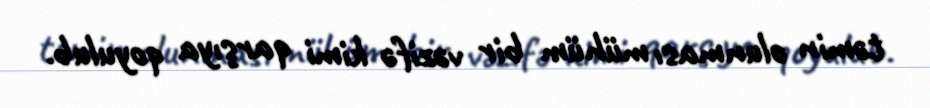
təmin olunması mühüm bir vəzifə kimi qarşıya qoyulub.